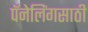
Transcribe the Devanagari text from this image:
पॅनेलिंगसाठी